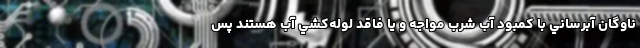
ناوگان آبرساني با كمبود آب شرب مواجه و يا فاقد لوله‌كشي آب هستند پس